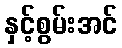
နှင့်စွမ်းအင်